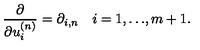
\frac { \partial } { \partial u _ { i } ^ { ( n ) } } = \partial _ { i , n } \quad i = 1 , { \ldots } , m + 1 .